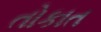
તોકાત